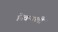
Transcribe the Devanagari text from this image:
ज्विन्गली